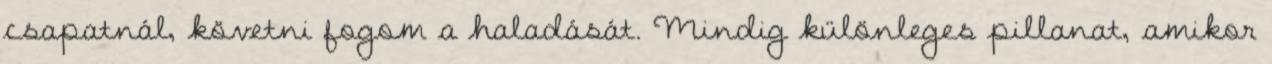
csapatnál, követni fogom a haladását. Mindig különleges pillanat, amikor